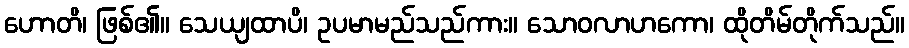
ဟောတိ၊ ဖြစ်၏။ သေယျထာပိ၊ ဥပမာမည်သည်ကား။ သောဝလာဟကော၊ ထိုတိမ်တိုက်သည်။